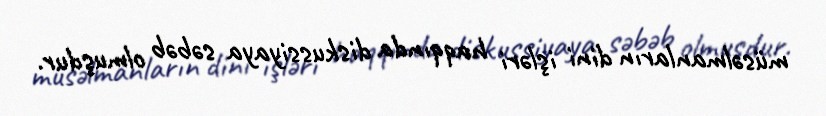
müsəlmanların dini işləri haqqında diskussiyaya səbəb olmuşdur.